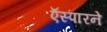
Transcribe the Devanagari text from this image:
ऍस्पारने